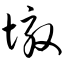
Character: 墩